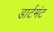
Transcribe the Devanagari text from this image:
डार्टमंट